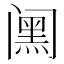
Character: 𮤸